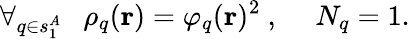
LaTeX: \forall_{q\in s_{1}^{A}}\ \ \ \rho_{q}(\mathbf{r})=\varphi_{q}(\mathbf{r})^{2}\ ,\ \ \ \ \ N_{q}=1.